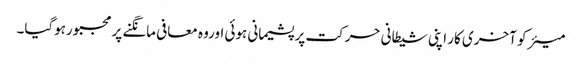
میئر کو آخری کار اپنی شیطانی حرکت پر پشیمانی ہوئی اوروہ معافی مانگنے پر مجبورہوگیا۔